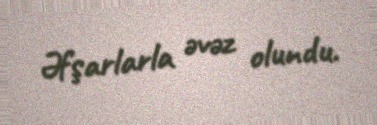
Əfşarlarla əvəz olundu.